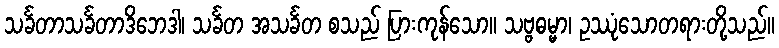
သင်္ခတာသင်္ခတာဒိဘေဒါ၊ သင်္ခတ အသင်္ခတ စသည် ပြားကုန်သော။ သဗ္ဗဓမ္မာ၊ ဥဿုံသောတရားတို့သည်။